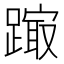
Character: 𨄒